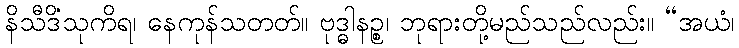
နိသီဒိံသုကိရ၊ နေကုန်သတတ်။ ဗုဒ္ဓါနဉ္စ၊ ဘုရားတို့မည်သည်လည်း။ “အယံ၊